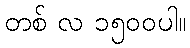
တစ် လ ၁၅၀၀ပါ။